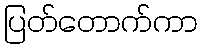
ပြတ်တောက်ကာ